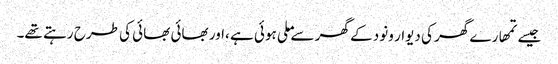
جیسے تمھارے گھر کی دیوار ونود کے گھر سے ملی ہوئی ہے ،اور بھائی بھائی کی طرح رہتے تھے۔